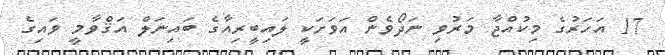
17 އަހަރުގެ މިކުއްޖާ މަރުވި ނަދޯވެން އަވަށަކީ ލައިބީރިއާގެ ބައިނަލް އަޤްވާމީ ވައިގެ